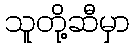
သူတို့ဆီမှာ